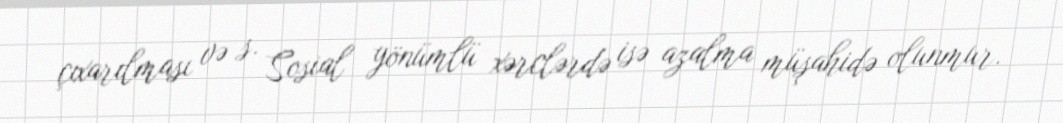
çıxarılması və s. Sosial yönümlü xərclərdə isə azalma müşahidə olunmur.